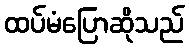
ထပ်မံပြောဆိုသည်